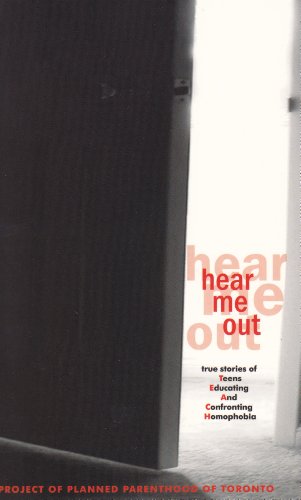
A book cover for Hear Me Out; Planned Parenthood Toronto; Gay & Lesbian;